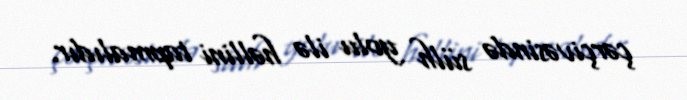
çərçivəsində sülh yolu ilə həllini tapmalıdır.